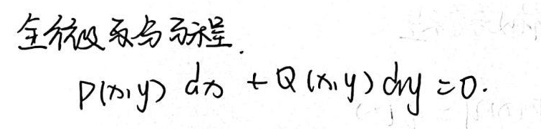
全微分方程.
\[
P(x,y)dx + Q(x,y)dy = 0
\]